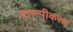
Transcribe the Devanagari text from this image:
वाष्म्पीकरण